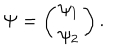
LaTeX: \Psi = \left( \begin{array} { c } { { \psi _ { 1 } } } \\ { { \psi _ { 2 } } } \\ \end{array} \right) .